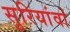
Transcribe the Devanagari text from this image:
सुरियांवां